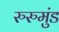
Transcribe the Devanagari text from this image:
रुरुमुंड